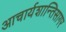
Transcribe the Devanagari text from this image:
आचार्यशान्तिसागर